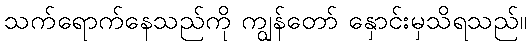
သက်ရောက်နေသည်ကို ကျွန်တော် နှောင်းမှသိရသည်။